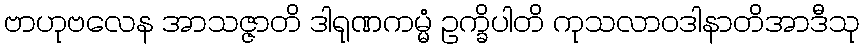
ဗာဟုဗလေန အာသဇ္ဇာတိ ဒါရုဏကမ္မံ ဥက္ခိပါတိ ကုသလာဝဒါနာတိအာဒီသု